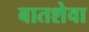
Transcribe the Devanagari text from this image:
बातशेवा